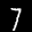
Label: 7